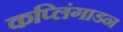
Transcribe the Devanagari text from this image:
कप्लिंगाडन